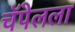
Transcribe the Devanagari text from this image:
चॅपेलला